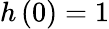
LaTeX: h\left(0\right)=1